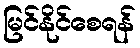
မြင်နိုင်စေရန်